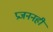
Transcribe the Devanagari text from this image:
प्रजननही